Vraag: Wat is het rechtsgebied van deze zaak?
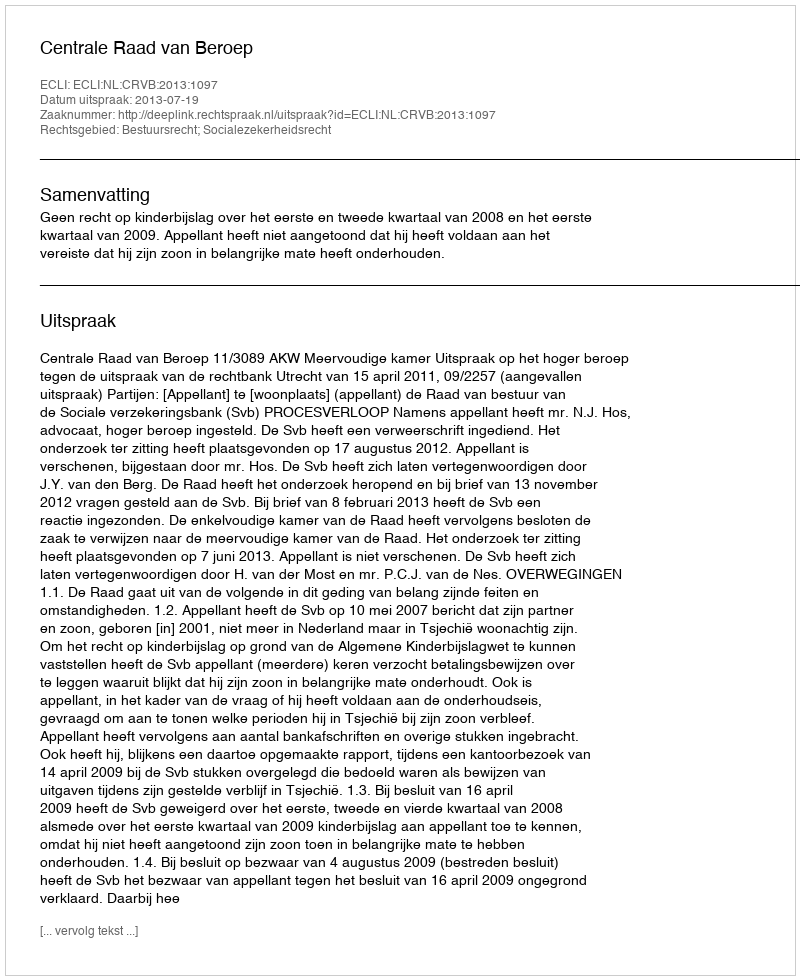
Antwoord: Bestuursrecht; Socialezekerheidsrecht